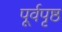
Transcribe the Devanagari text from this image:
पूर्वपृष्ठ